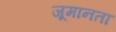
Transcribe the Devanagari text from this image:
जूमानता